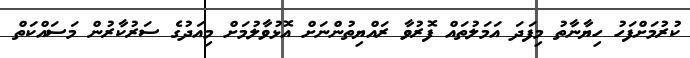
ކުރުމަށްފަހު ހިޔާނާތު މިފަދަ އަމަލުތައް ފޮރުވާ ރައްޔިތުންނަށް އޮޅުވާލުމަށް މިއަދުގެ ސަރުކާރުން މަަސައްކަތް